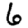
Digit: 6